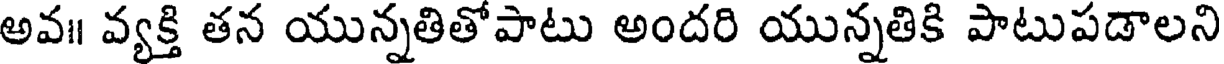
అవ॥ వ్యక్తి తన యున్నతితోపాటు అందరి యున్నతికి పాటుపడాలని